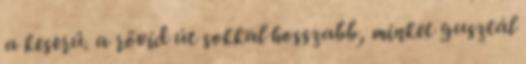
a keserű. a rövid út sokkal hosszabb, minket gusztál